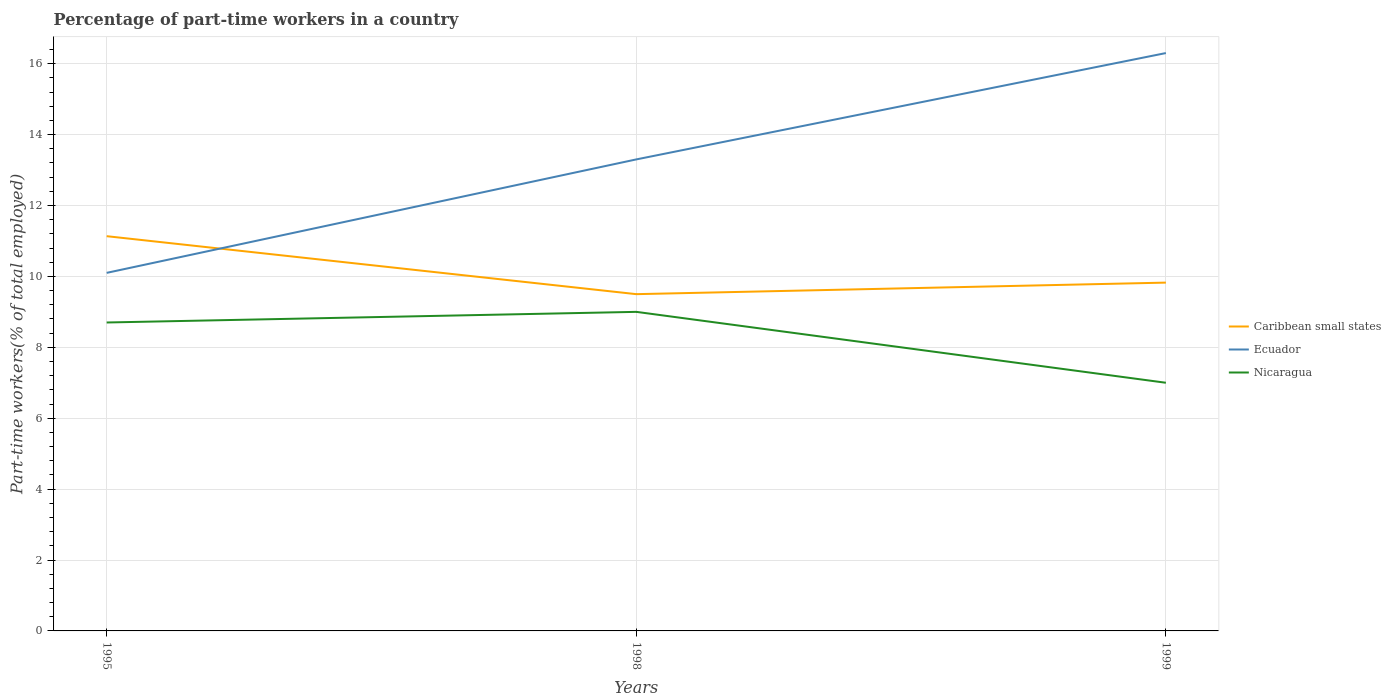
| Years | Caribbean small states | Ecuador | Nicaragua |
 | --- | --- | --- | --- |
 | 1995 | 11.1 | 10.1 | 8.7 |
 | 1998 | 9.5 | 13.3 | 9 |
 | 1999 | 9.82 | 16.3 | 7 |